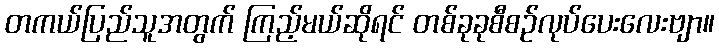
တကယ်ပြည်သူအတွက် ကြည့်မယ်ဆိုရင် တစ်ခုခုစီစဉ်လုပ်ပေးလေးဗျာ။